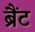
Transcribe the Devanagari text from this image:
ब्रैंट